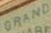
GRAND